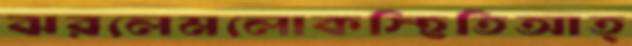
ঝরলেমলোকস্হিতিআত্